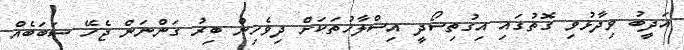
އަދީބު ވިދާޅުވި ގޮތުގައި އިގުތިސޯދީ އިސްލާހުތަކަށް ދިވެހިން ބިރު ގަންނަން ޖެހޭ ސަބަބެއް